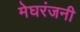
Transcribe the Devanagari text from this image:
मेघरंजनी